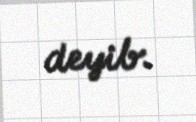
deyib.